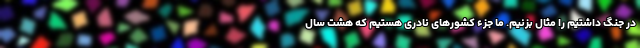
در جنگ داشتیم را مثال بزنیم. ما جزء کشورهای نادری هستیم که هشت سال